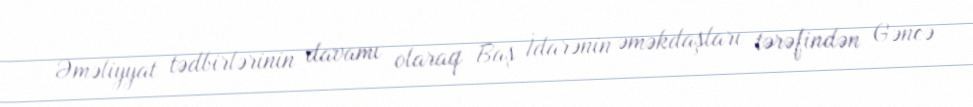
Əməliyyat tədbirlərinin davamı olaraq Baş İdarənin əməkdaşları tərəfindən Gəncə